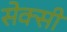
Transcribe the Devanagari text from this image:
सेक्‍सी